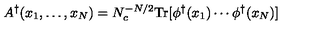
A ^ { \dagger } ( x _ { 1 } , \ldots , x _ { N } ) = N _ { c } ^ { - N / 2 } \mathrm { T r } [ \phi ^ { \dagger } ( x _ { 1 } ) \cdots \phi ^ { \dagger } ( x _ { N } ) ]